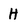
Character: H